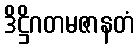
ဒိဋ္ဌိဂတမဇာနတံ